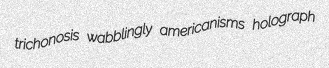
trichonosis wabblingly americanisms holograph